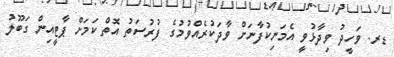
ޑރ. ވަހީދު ވިދާޅުވީ އެމަނިކުފާނަށް ވާދަކުރެއްވުމުގެ ފުރުސަތު އޮތް ކަމަށް ޕާޓީއިން ގަބޫލު